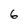
Character: 6